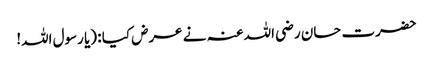
حضرت حسان رضی اللہ عنہ نے عرض کیا : (یا رسول اللہ!